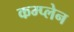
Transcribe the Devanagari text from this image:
कम्प्लेन